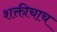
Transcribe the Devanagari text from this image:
शक्तीचाच